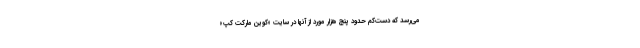
می‌رسد که دست‌کم حدود پنج هزار مورد از آنها در سایت «کوین مارکت کپ»